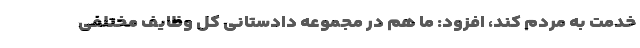
خدمت به مردم کند، افزود: ما هم در مجموعه دادستانی کل وظایف مختلفی